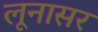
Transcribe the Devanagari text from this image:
लूनासर